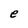
Character: e